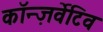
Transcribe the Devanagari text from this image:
कॉन्ज़र्वेटिव